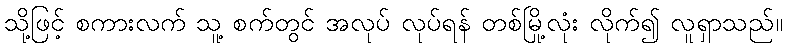
သို့ဖြင့် စကားလက် သူ့ စက်တွင် အလုပ် လုပ်ရန် တစ်မြို့လုံး လိုက်၍ လူရှာသည်။